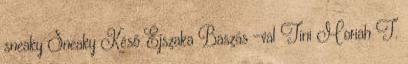
sneaky Sneaky Késő Éjszaka Baszás -val Tini Moriah T.